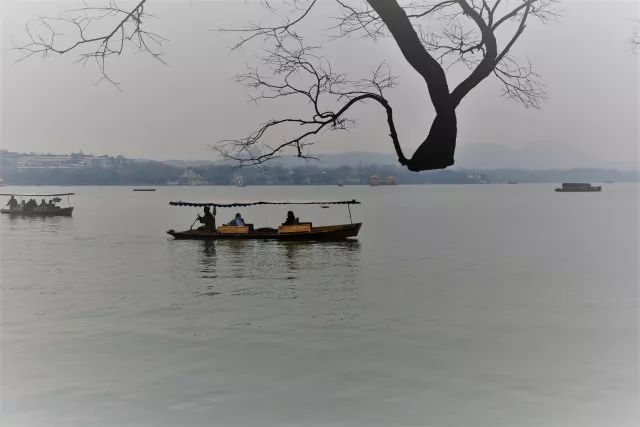
春衫犹是，小蛮针线，曾湿西湖雨。